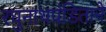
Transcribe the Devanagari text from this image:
रघुनाथपंडिताने